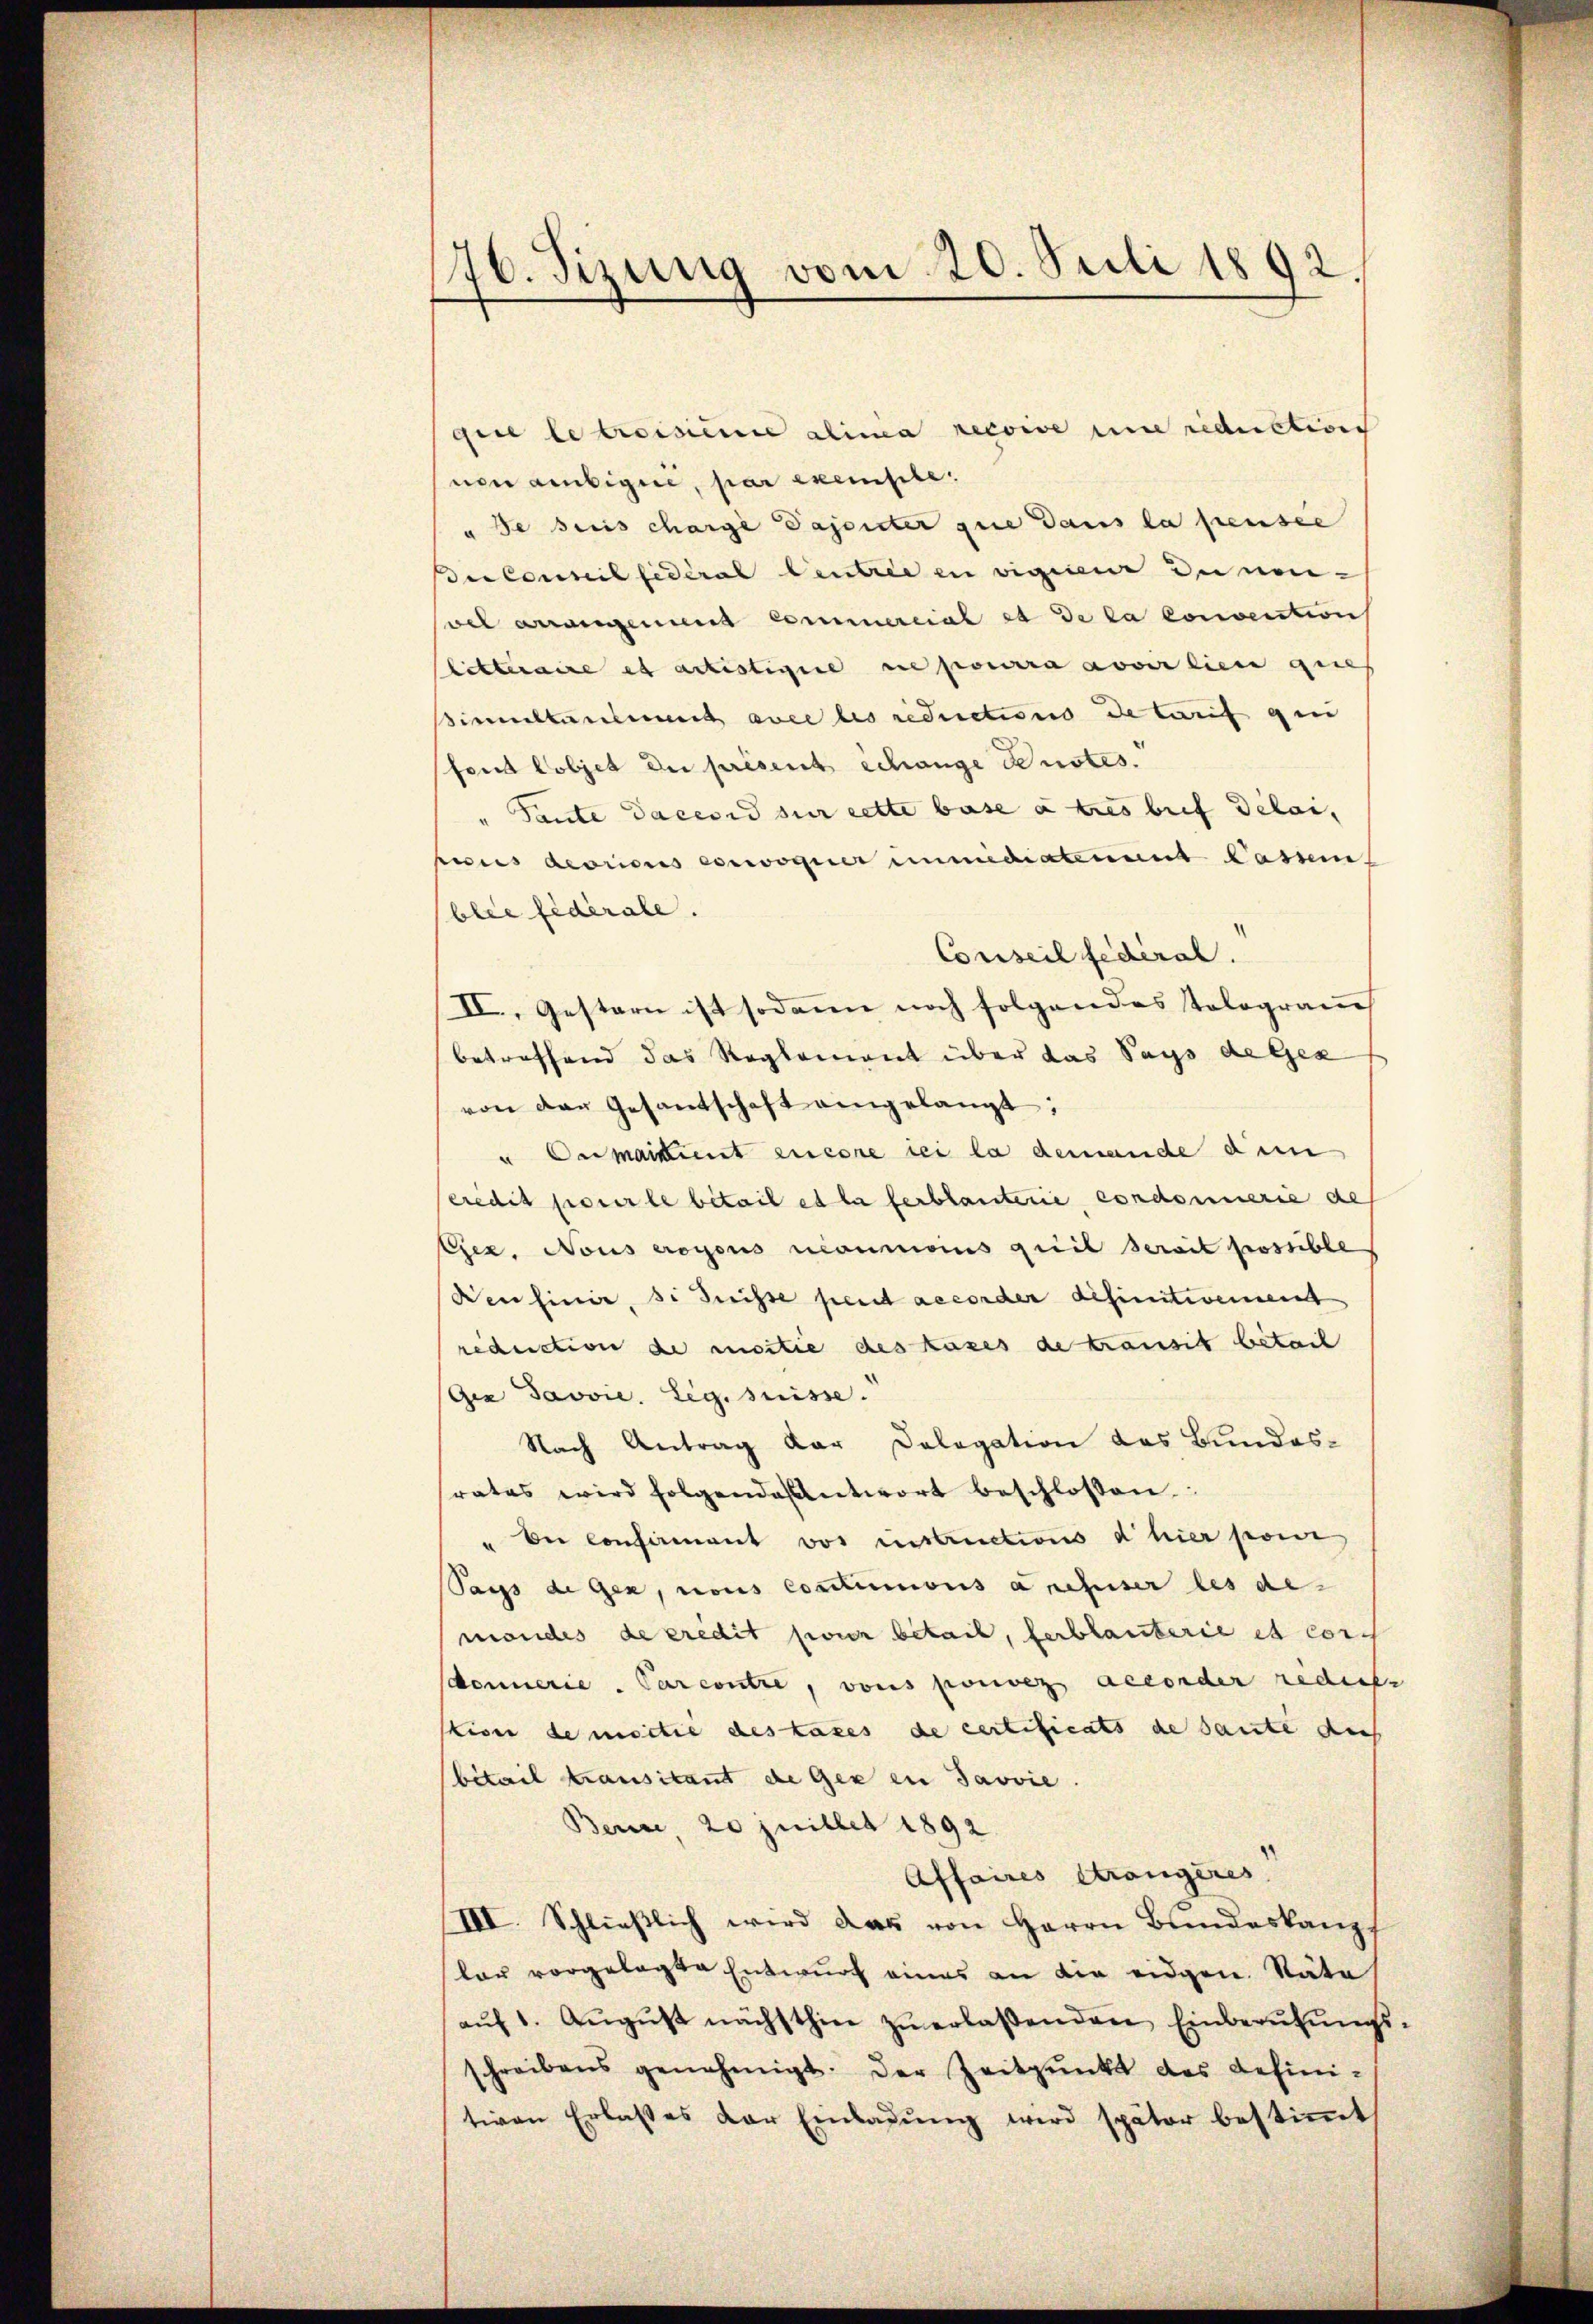
176. Sizung vom 20. Juli 1892.

giie le troisiere alina recoive une reduction
non ambigui, par exemple.
" de ses charge Daponter que dans la pensee
Bucconseil fédéral Centree in vigiiere du non-
vel aneingerung commercial es de la convention
litteraire es actistigire ne pourra avoir lien gutes
simultardient avec les reductions de Carif gen
fond Cobjet der présent Schange denstes.
" Tante Saccord zur cette base a tres bref délai,
puis devricus erwoguier immediatement Casim
blie fiderale.
Conseil fédéral.
II., Gestern ist sodann noch folgendes Tolograme
betreffend das Reglement über das Pays de Ges
von der Gesandschaft angelangt:
u Carmarkeit encore sei la demande den
eredit pour le bétail es la ferblanterie, condonnerie de
Ejez. Nous erogons commoins quit serait possible
Denfinie, si suisse peut accorder definitivement
reduction de moitie des kases de transit betrach
(Gia Javvie. Leg. suisse.
Nach Antrag der Dologation des Bundes-
srates wird folgendes Antwort beschlossen:
" bei Confermant vor instructions d hier pour
Sass de gen, nous conctimonis anchiser les de-
mondes de eredit hier betail, ferbläuterie et con
sdonnerie. Parcontre, vons posses accorder redente
sliser de moitié des taxes de certificats de sante dies
bitail transikant de Gex in Javvie
Berici, 20 Juillet 1892
Affaires Strangeres
III. Schließlich wird das von Herrn Bundeskanpf
lar vorgelegte Entwurf eines an die eidgen. Räte
aŭf 1. Aŭgŭst nächsthin zŭ erlaßenden Einberŭfŭngs-
schreibens genehmigt. Der Zeitpunkt des definitiven Erlasses der Einladŭng wird später bestiṁt